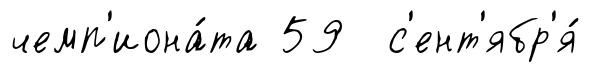
чемп'иона́та 59 с'ент'ябр'я́